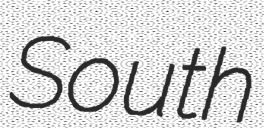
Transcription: South